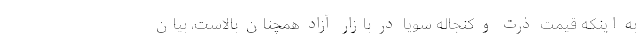
به اینکه قیمت ذرت و کنجاله سویا در بازار آزاد همچنان بالاست، بیان